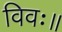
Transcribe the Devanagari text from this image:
विवः॥